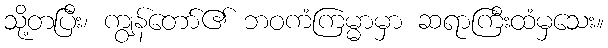
သို့တပြီး၊ ကျွန်တော်၏ ဘဝကံကြမ္မာမှာ ဆရာကြီးထံမှသေး။